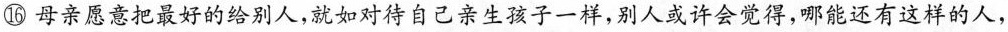
⑯母亲意把放好的给别人，就如对待自己亲生孩子一样，别人或许会觉得，哪能还有这样的人，